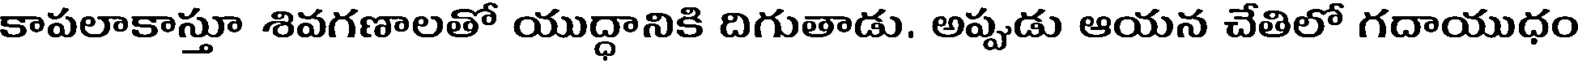
కాపలాకాస్తూ శివగణాలతో యుద్ధానికి దిగుతాడు. అప్పుడు ఆయన చేతిలో గదాయుధం